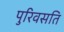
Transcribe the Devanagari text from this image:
पुरिवसति